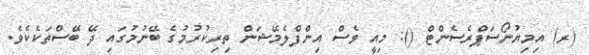
(ރ) އިމިޔުނޯސަޕްރެސެންޓް (): މިއީ ވެސް އިންފްލެމޭޝަން ތިރިކުރުމުގެ ބޭނުމުގައި ދޭ ބޭސްތަކެކެވެ.